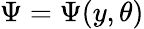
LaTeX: \Psi=\Psi(y,\theta)